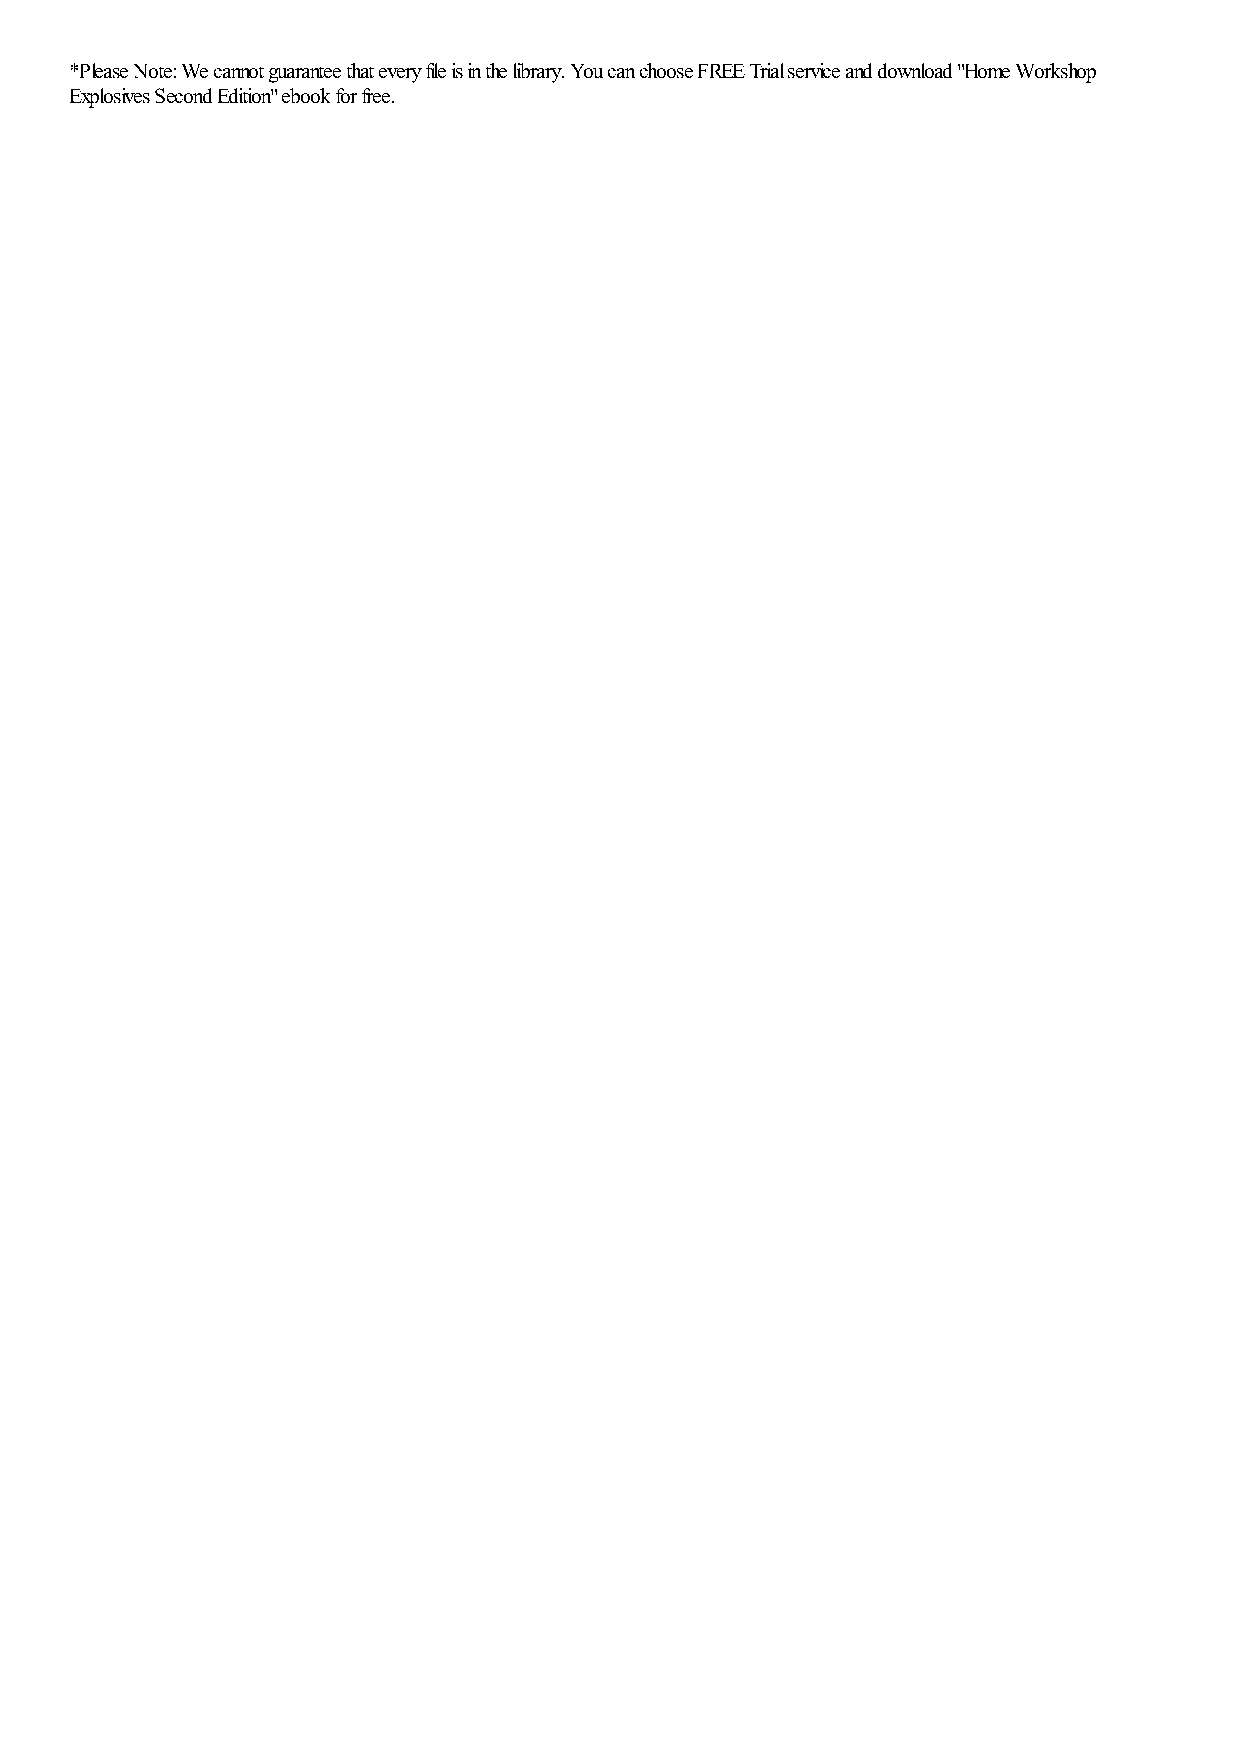
*Please Note: We cannot guarantee that every file is in the library. You can choose FREE Trial service and download "Home Workshop
 Explosives Second Edition" ebook for free.